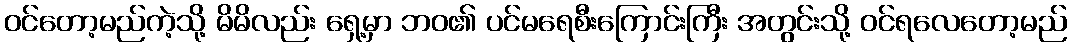
ဝင်တော့မည်ကဲ့သို့ မိမိလည်း ရှေ့မှာ ဘဝ၏ ပင်မရေစီးကြောင်းကြီး အတွင်းသို့ ဝင်ရလေတော့မည်